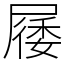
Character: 㞜